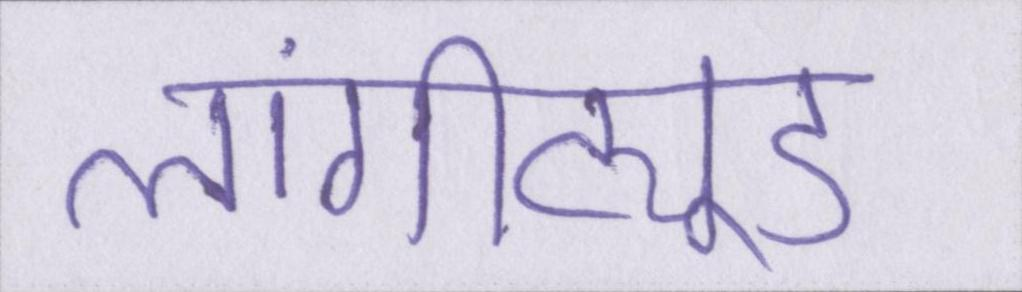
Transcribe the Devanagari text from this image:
लांगीट्यूड